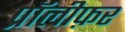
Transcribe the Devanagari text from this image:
प्रॉलीफ़र